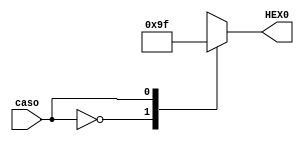
module decodificadorBCD(caso, HEX0);

input caso;
output reg [0:6]HEX0; //pois so 7 posies no vetor, uma pra cada letra
//0  aceso e 1 apagado
always@(caso)
	begin
	case (caso)
			4'b0000: HEX0 = 7'b0000001; //0 acende  todas as letras menos a g(que  presentada pelo nmero 7
			4'b0001: HEX0 = 7'b0011111; //1
			4'b0010: HEX0 = 7'b0010010; //2
			4'b0011: HEX0 = 7'b0000111; //3
			4'b0100: HEX0 = 7'b1001100; //4
			4'b0101: HEX0 = 7'b0100100; //5
			4'b0110: HEX0 = 7'b0100000; //6
			4'b0111: HEX0 = 7'b0001111; //7
			4'b1000: HEX0 = 7'b0000000; //8
			4'b1001: HEX0 = 7'b0001100; //9
			default: HEX0 = 7'b1111111; //todos os segmentos apagados
	endcase	
end

	

endmodule